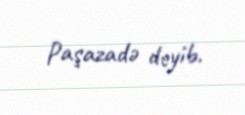
Paşazadə deyib.